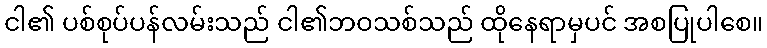
ငါ၏ ပစ်စုပ်ပန်လမ်းသည် ငါ၏ဘဝသစ်သည် ထိုနေရာမှပင် အစပြုပါစေ။